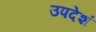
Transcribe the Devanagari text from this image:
उपदेशं